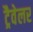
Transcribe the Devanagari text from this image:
ट्रैवेलर